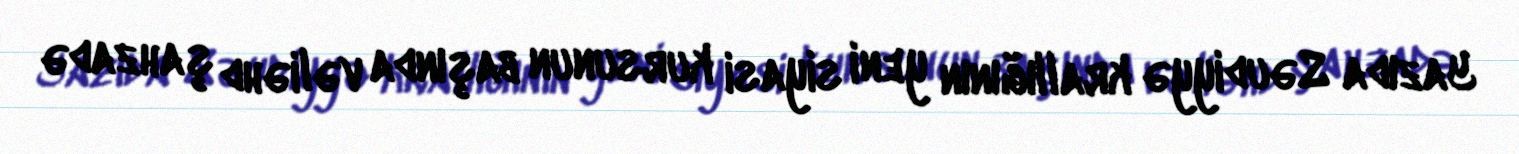
Yazıda Səudiyyə krallığının yeni siyasi kursunun başında vəliəhd şahzadə